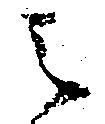
之